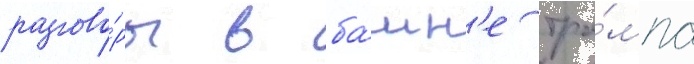
разгово́ры в ба́шн'е тра́мпа